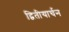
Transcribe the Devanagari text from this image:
द्वितीयार्चन